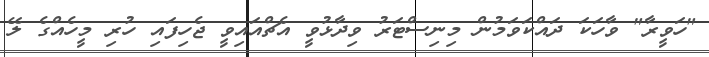
"ހަވީރާ" ވާހަކަ ދައްކަވަމުން މިނިސްޓަރު ވިދާޅުވީ އެޗްއައިވީ ޖެހިފައި ހުރި މީހެއްގެ ލޭ